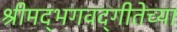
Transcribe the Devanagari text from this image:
श्रीमद्‌भगवद्‌गीतेच्या